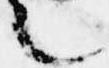
言